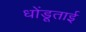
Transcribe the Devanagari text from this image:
धोंडूताई